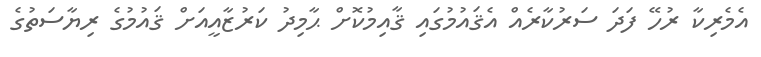
އެމެރިކާ ރުހޭ ފަދަ ސަރުކާރެއް އެޤައުމުގައި ޤާއިމުކޮށް ޙާމިދު ކަރުޒާއީއަށް ޤައުމުގެ ރިޔާސަތުގެ